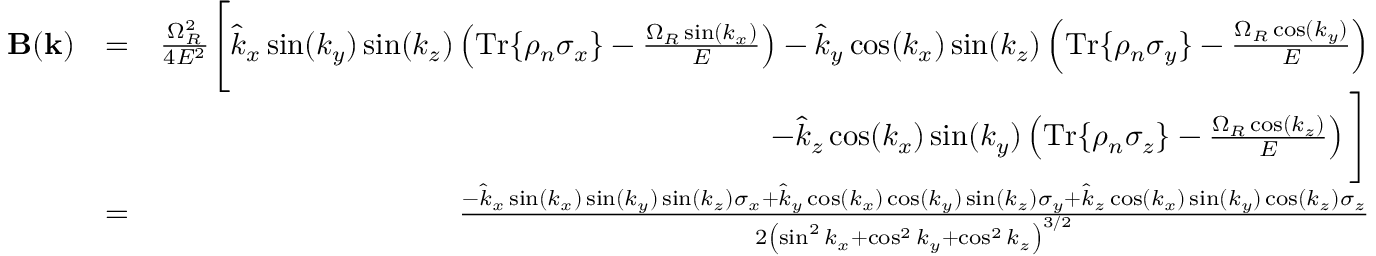
\begin{array} { r l r } { \mathbf { B } ( \mathbf { k } ) } & { = } & { \frac { \Omega _ { R } ^ { 2 } } { 4 E ^ { 2 } } \Bigg [ \hat { k } _ { x } \sin ( k _ { y } ) \sin ( k _ { z } ) \left( \mathrm { T r } \{ \rho _ { n } \sigma _ { x } \} - \frac { \Omega _ { R } \sin ( k _ { x } ) } { E } \right) - \hat { k } _ { y } \cos ( k _ { x } ) \sin ( k _ { z } ) \left( \mathrm { T r } \{ \rho _ { n } \sigma _ { y } \} - \frac { \Omega _ { R } \cos ( k _ { y } ) } { E } \right) } \\ & { } & { \; \; - \hat { k } _ { z } \cos ( k _ { x } ) \sin ( k _ { y } ) \left( \mathrm { T r } \{ \rho _ { n } \sigma _ { z } \} - \frac { \Omega _ { R } \cos ( k _ { z } ) } { E } \right) \Bigg ] } \\ & { = } & { \frac { - \hat { k } _ { x } \sin ( k _ { x } ) \sin ( k _ { y } ) \sin ( k _ { z } ) \sigma _ { x } + \hat { k } _ { y } \cos ( k _ { x } ) \cos ( k _ { y } ) \sin ( k _ { z } ) \sigma _ { y } + \hat { k } _ { z } \cos ( k _ { x } ) \sin ( k _ { y } ) \cos ( k _ { z } ) \sigma _ { z } } { 2 \left( \sin ^ { 2 } k _ { x } + \cos ^ { 2 } k _ { y } + \cos ^ { 2 } k _ { z } \right) ^ { 3 / 2 } } } \end{array}